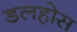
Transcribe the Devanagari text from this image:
डलहोस